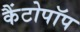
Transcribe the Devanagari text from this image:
कैंटोपॉप